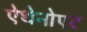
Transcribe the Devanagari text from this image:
ऐथेनोएट